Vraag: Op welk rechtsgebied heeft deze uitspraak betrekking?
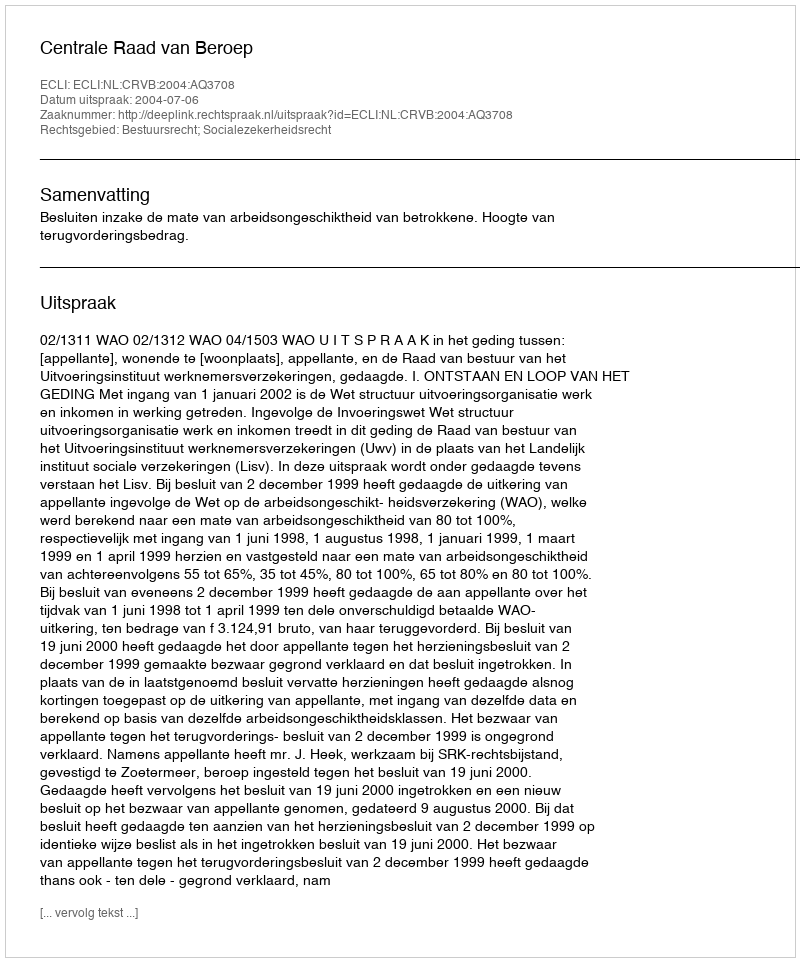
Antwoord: Bestuursrecht; Socialezekerheidsrecht